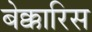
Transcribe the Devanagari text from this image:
बेक्कारिस